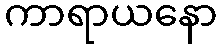
ကာရာယနော